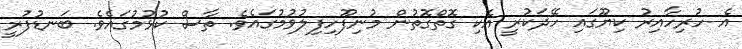
އެ ހުރިހާއިރު ކިޔޫގައި ހޭދަކުރީ އެކި ގޮތްގޮތުން މުނިފޫހިފިލުވުމުގައެވެ. ތާސް ކުޅުމުގައެވެ. ބަނޑުފުރީ